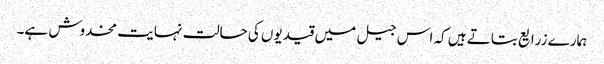
ہمارے زرایع بتاتے ہیں کہ اس جیل میں قیدیوں کی حالت نہایت مخدوش ہے۔